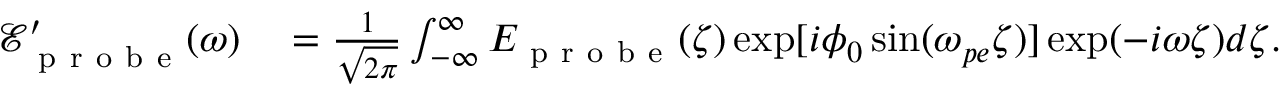
\begin{array} { r l } { \mathcal { E } _ { \mathrm { ~ p ~ r ~ o ~ b ~ e ~ } } ^ { \prime } ( \omega ) } & { { } = \frac { 1 } { \sqrt { 2 \pi } } \int _ { - \infty } ^ { \infty } E _ { \mathrm { ~ p ~ r ~ o ~ b ~ e ~ } } ( \zeta ) \exp [ i \phi _ { 0 } \sin ( \omega _ { p e } \zeta ) ] \exp ( - i \omega \zeta ) d \zeta . } \end{array}